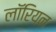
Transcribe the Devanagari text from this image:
लॉरियन